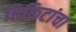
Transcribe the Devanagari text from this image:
तिकिटांचा